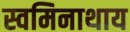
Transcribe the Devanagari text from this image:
स्वमिनाथाय